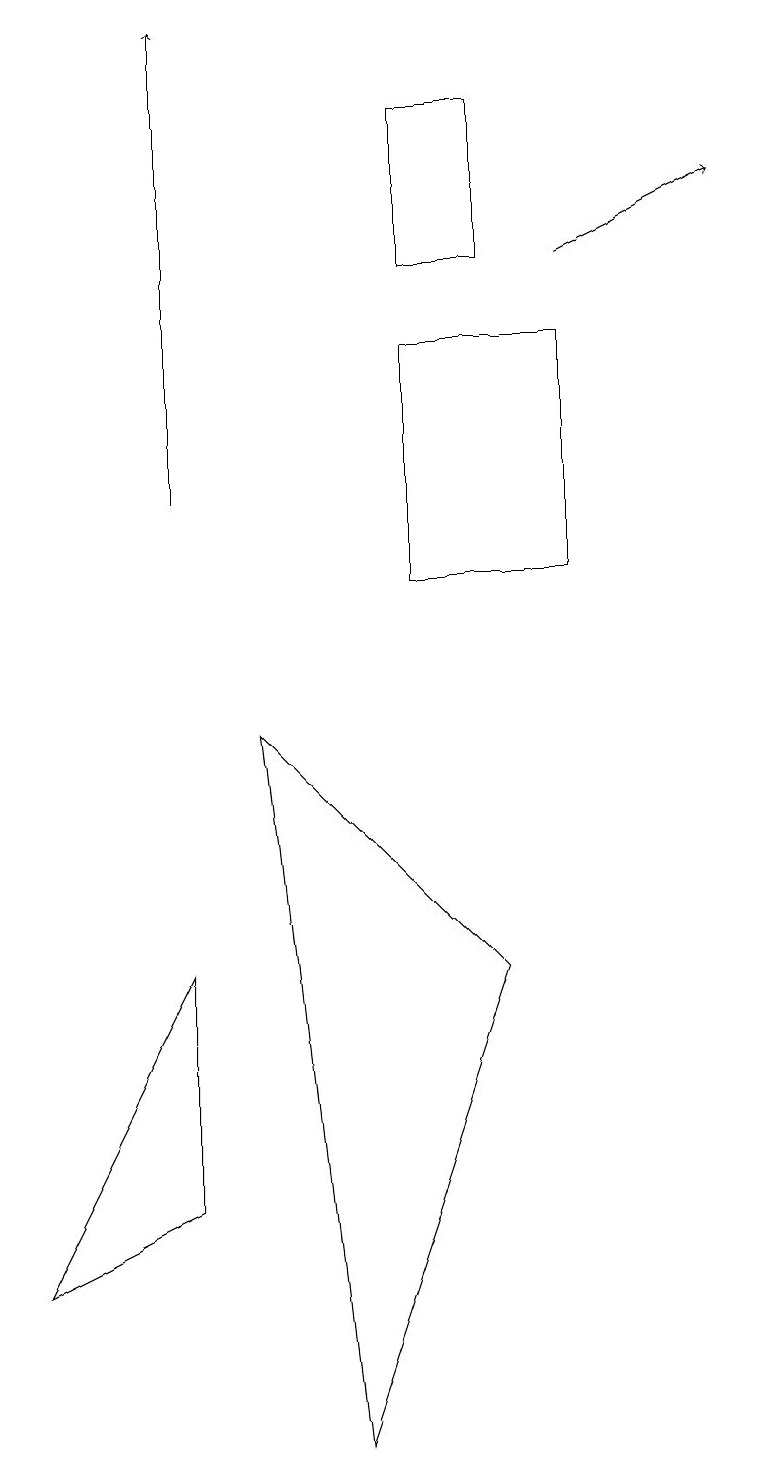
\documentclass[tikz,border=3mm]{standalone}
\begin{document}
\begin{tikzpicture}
\draw (0,2) -- (2,6) -- (2,3) -- cycle;
\draw (4,0) -- (3,9) -- (6,6) -- cycle;
\draw[->] (7,15) -- (9,16);
\draw[->] (2,12) -- (2,18);
\draw (6,17) rectangle (5,15);
\draw (7,11) rectangle (5,14);
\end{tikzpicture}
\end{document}